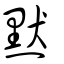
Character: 默